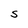
Character: S